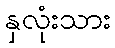
နှလုံးသား